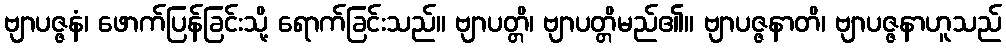
ဗျာပဇ္ဇနံ၊ ဖောက်ပြန်ခြင်းသို့ ရောက်ခြင်းသည်။ ဗျာပတ္တိ၊ ဗျာပတ္တိမည်၏။ ဗျာပဇ္ဇနာတိ၊ ဗျာပဇ္ဇနာဟူသည်